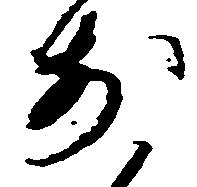
前